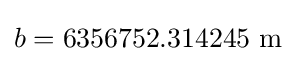
b=6356752.314245\,\,\mathrm {m}